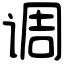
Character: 调